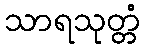
သာရသုတ္တံ